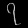
Digit: ၇